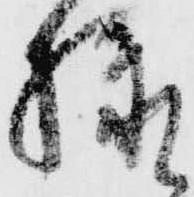
様